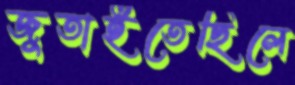
জুতাইতেছিলে